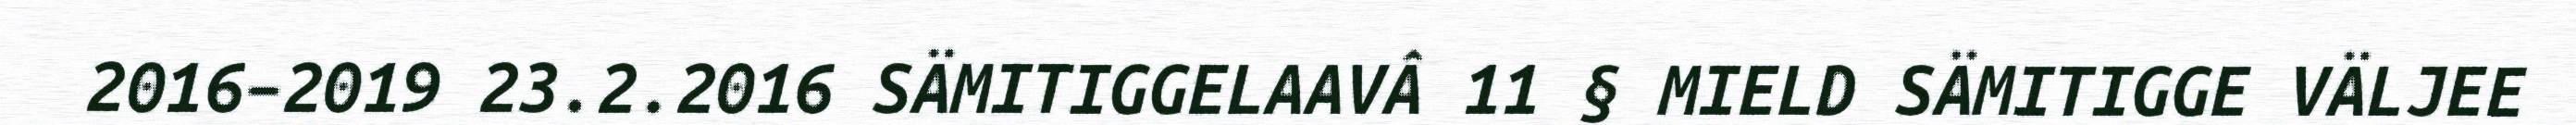
2016–2019 23.2.2016 SÄMITIGGELAAVÂ 11 § MIELD SÄMITIGGE VÄLJEE